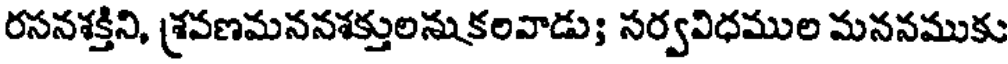
రసనశక్తిని, శ్రవణమననశక్తులనుకలవాడు; సర్వవిధముల మననముకు